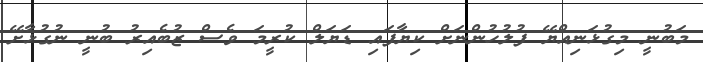
މަބުނީ މިގުޅަނިއްޔޭ ފުލުހުންނަށް ކިޔާފައި ޑަޔަލް ކުރީމަ ވެސް ޒުބެއިރު ބުނީ ނުގުޅާށޭ